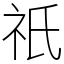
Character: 祇